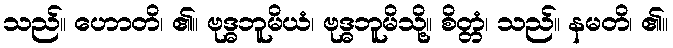
သည်။ ဟောတိ၊ ၏။ ဗုဒ္ဓဘူမိယံ၊ ဗုဒ္ဓဘူမိသို့။ စိတ္တံ၊ သည်။ နမတိ၊ ၏။